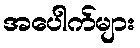
အပေါက်များ